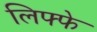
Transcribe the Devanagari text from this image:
लिफ्फे